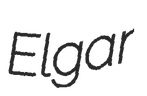
Elgar